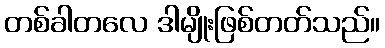
တစ်ခါတလေ ဒါမျိုးဖြစ်တတ်သည်။